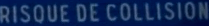
RISQUE DE COLLISION